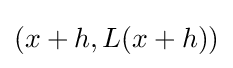
(x+h,L(x+h))